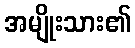
အမျိုးသား၏